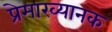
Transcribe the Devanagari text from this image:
प्रेमाख्यानक